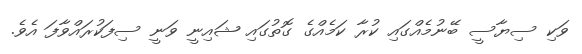
ވަކި ސިޔާސީ ބޭނުމެއްގައި ކުރާ ކަމެއްގެ ގޮތުގައި ޝައިނީ ވަނީ ސިފަކުރައްވާފަ އެވެ.